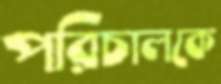
পরিচালকে